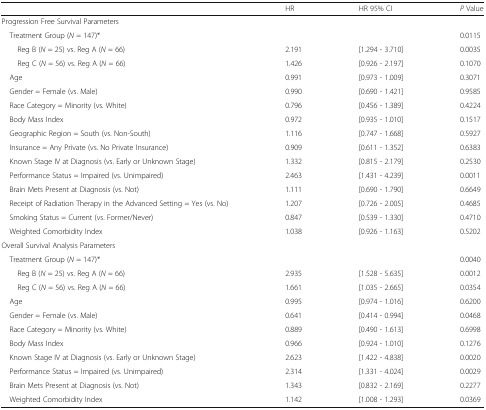
<table><thead><tr><td></td><td><b>HR</b></td><td><b>HR 95% CI</b></td><td><b><i>P</i> Value</b></td></tr></thead><tbody><tr><td colspan="4">Progression Free Survival Parameters</td></tr><tr><td> Treatment Group (<i>N</i> = 147)*</td><td></td><td></td><td>0.0115</td></tr><tr><td>Reg B (<i>N</i> = 25) vs. Reg A (<i>N</i> = 66)</td><td>2.191</td><td>[1.294 - 3.710]</td><td>0.0035</td></tr><tr><td>Reg C (<i>N</i> = 56) vs. Reg A (<i>N</i> = 66)</td><td>1.426</td><td>[0.926 - 2.197]</td><td>0.1070</td></tr><tr><td> Age</td><td>0.991</td><td>[0.973 - 1.009]</td><td>0.3071</td></tr><tr><td> Gender = Female (vs. Male)</td><td>0.990</td><td>[0.690 - 1.421]</td><td>0.9585</td></tr><tr><td> Race Category = Minority (vs. White)</td><td>0.796</td><td>[0.456 - 1.389]</td><td>0.4224</td></tr><tr><td> Body Mass Index</td><td>0.972</td><td>[0.935 - 1.010]</td><td>0.1517</td></tr><tr><td> Geographic Region = South (vs. Non-South)</td><td>1.116</td><td>[0.747 - 1.668]</td><td>0.5927</td></tr><tr><td> Insurance = Any Private (vs. No Private Insurance)</td><td>0.909</td><td>[0.611 - 1.352]</td><td>0.6383</td></tr><tr><td> Known Stage IV at Diagnosis (vs. Early or Unknown Stage)</td><td>1.332</td><td>[0.815 - 2.179]</td><td>0.2530</td></tr><tr><td> Performance Status = Impaired (vs. Unimpaired)</td><td>2.463</td><td>[1.431 - 4.239]</td><td>0.0011</td></tr><tr><td> Brain Mets Present at Diagnosis (vs. Not)</td><td>1.111</td><td>[0.690 - 1.790]</td><td>0.6649</td></tr><tr><td> Receipt of Radiation Therapy in the Advanced Setting = Yes (vs. No)</td><td>1.207</td><td>[0.726 - 2.005]</td><td>0.4685</td></tr><tr><td> Smoking Status = Current (vs. Former/Never)</td><td>0.847</td><td>[0.539 - 1.330]</td><td>0.4710</td></tr><tr><td> Weighted Comorbidity Index</td><td>1.038</td><td>[0.926 - 1.163]</td><td>0.5202</td></tr><tr><td colspan="4">Overall Survival Analysis Parameters</td></tr><tr><td> Treatment Group (<i>N</i> = 147)*</td><td></td><td></td><td>0.0040</td></tr><tr><td>Reg B (<i>N</i> = 25) vs. Reg A (<i>N</i> = 66)</td><td>2.935</td><td>[1.528 - 5.635]</td><td>0.0012</td></tr><tr><td>Reg C (<i>N</i> = 56) vs. Reg A (<i>N</i> = 66)</td><td>1.661</td><td>[1.035 - 2.665]</td><td>0.0354</td></tr><tr><td> Age</td><td>0.995</td><td>[0.974 - 1.016]</td><td>0.6200</td></tr><tr><td> Gender = Female (vs. Male)</td><td>0.641</td><td>[0.414 - 0.994]</td><td>0.0468</td></tr><tr><td> Race Category = Minority (vs. White)</td><td>0.889</td><td>[0.490 - 1.613]</td><td>0.6998</td></tr><tr><td> Body Mass Index</td><td>0.966</td><td>[0.924 - 1.010]</td><td>0.1276</td></tr><tr><td> Known Stage IV at Diagnosis (vs. Early or Unknown Stage)</td><td>2.623</td><td>[1.422 - 4.838]</td><td>0.0020</td></tr><tr><td> Performance Status = Impaired (vs. Unimpaired)</td><td>2.314</td><td>[1.331 - 4.024]</td><td>0.0029</td></tr><tr><td> Brain Mets Present at Diagnosis (vs. Not)</td><td>1.343</td><td>[0.832 - 2.169]</td><td>0.2277</td></tr><tr><td> Weighted Comorbidity Index</td><td>1.142</td><td>[1.008 - 1.293]</td><td>0.0369</td></tr></tbody></table>